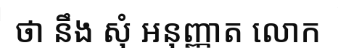
ថា នឹង សុំ អនុញ្ញាត លោក